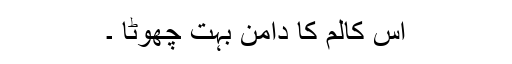
اس کالم کا دامن بہت چھوٹا ۔